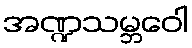
အဏ္ဍသမ္ဘဝေါ